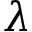
\lambda